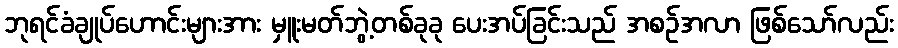
ဘုရင်ခံချုပ်ဟောင်းများအား မှူးမတ်ဘွဲ့တစ်ခုခု ပေးအပ်ခြင်းသည် အစဉ်အလာ ဖြစ်သော်လည်း